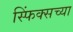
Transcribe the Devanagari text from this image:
स्फिंक्सच्या